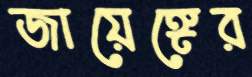
জায়েঙ্গের